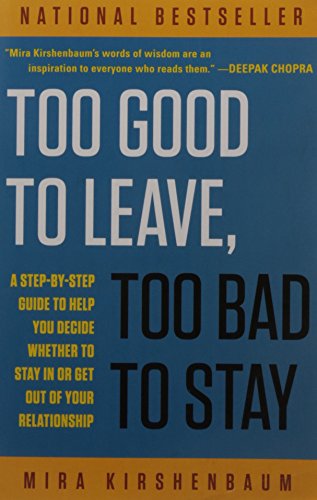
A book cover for Too Good to Leave, Too Bad to Stay: A Step-by-Step Guide to Help You Decide Whether to Stay In or Get Out of Your Relationship; Mira Kirshenbaum; Parenting & Relationships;